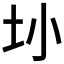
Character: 𫭚